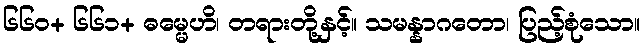
၆၆၀+ ၆၆၁+ ဓမ္မေဟိ၊ တရားတို့နှင့်။ သမန္နာဂတော၊ ပြည့်စုံသော။